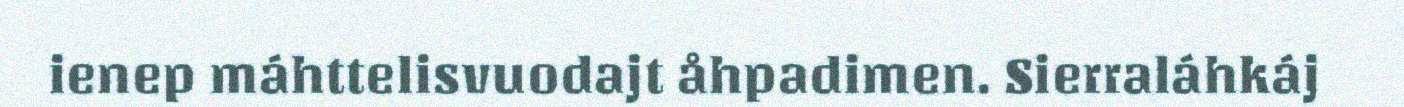
ienep máhttelisvuodajt åhpadimen. Sierraláhkáj